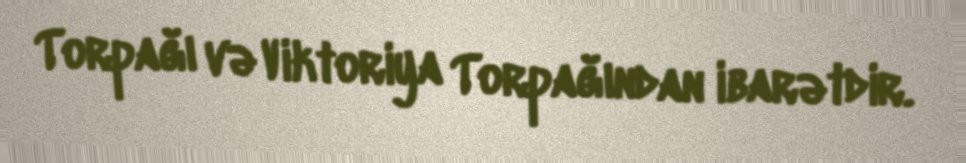
Torpağı və Viktoriya Torpağından ibarətdir.